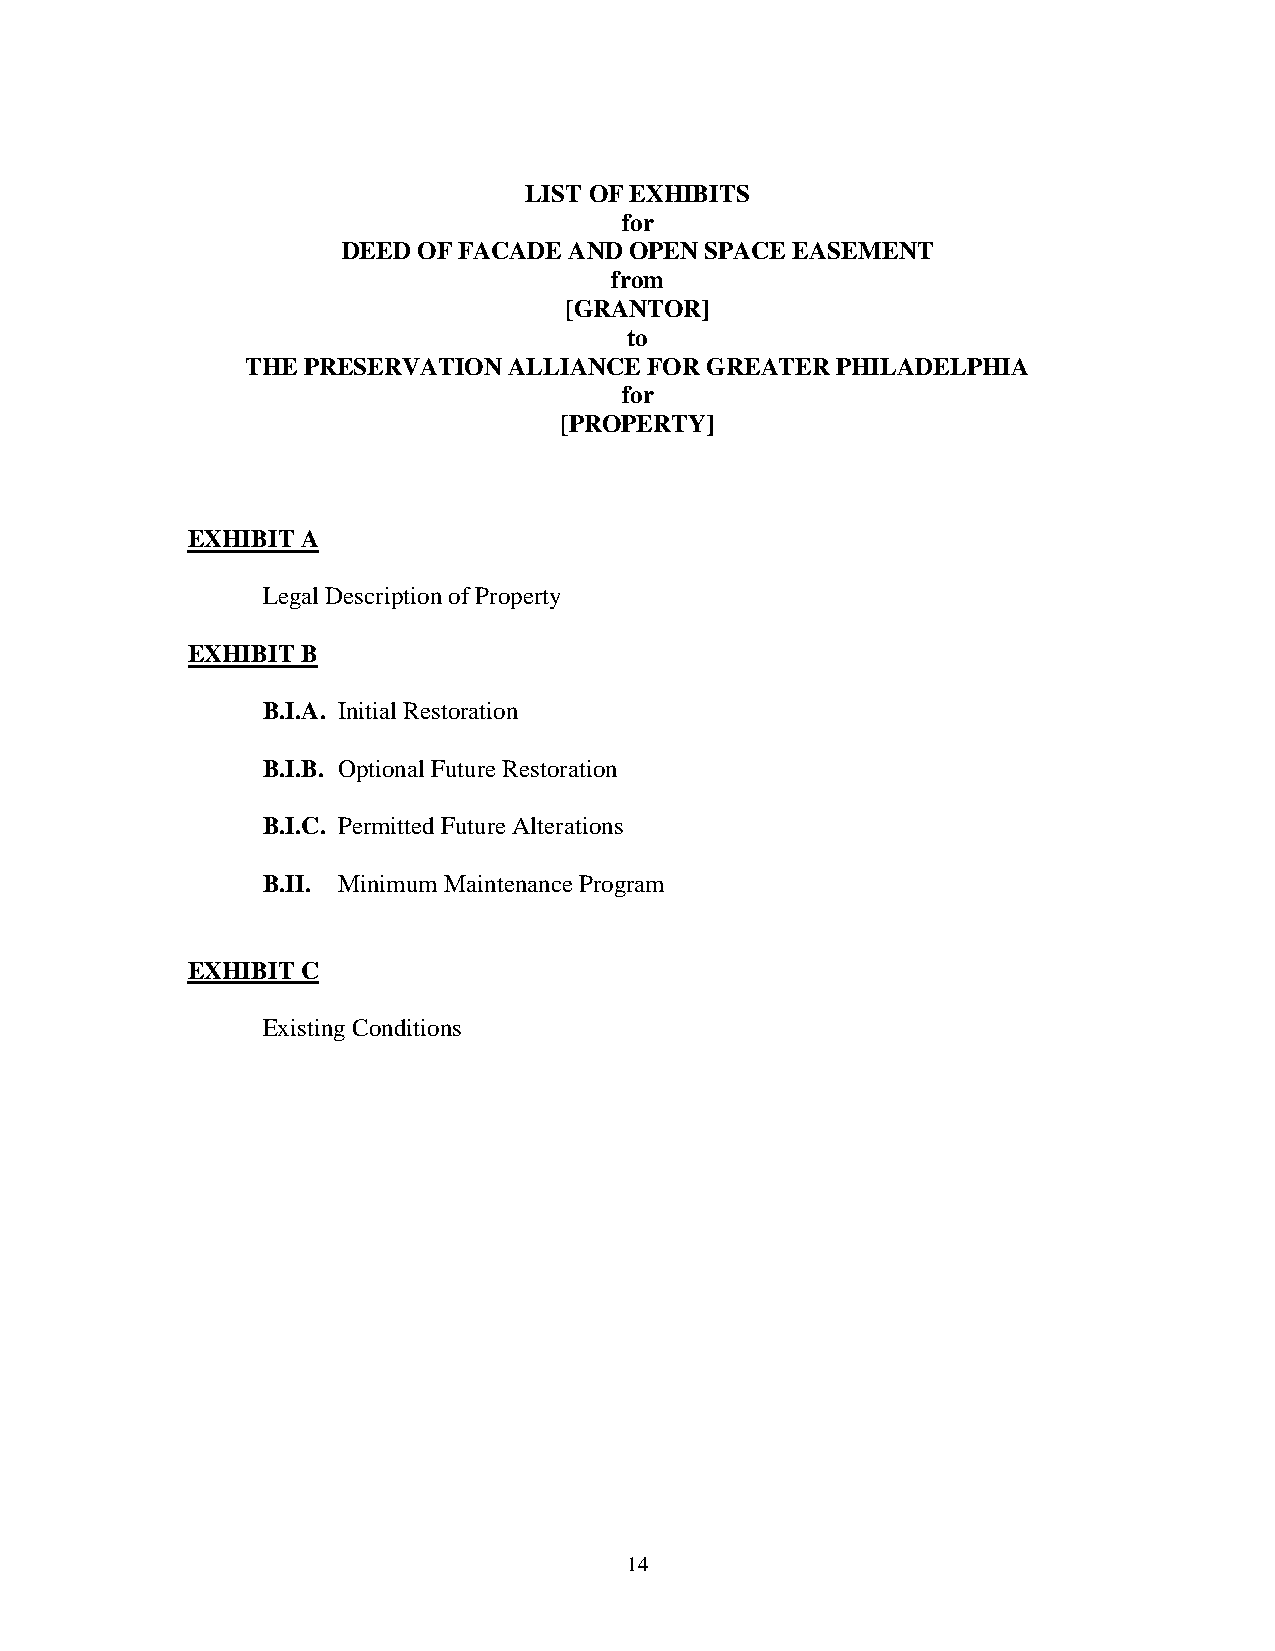
LIST OF EXHIBITS
 for
 DEED OF FACADE AND OPEN SPACE EASEMENT
 from
 [GRANTOR]
 to
 THE PRESERVATION  ALLIANCE FOR GREATER PHILADELPHIA
 for
 [PROPERTY]
 EXHIBIT A
 Legal Description of Property
 EXHIBIT B
 B.I.A. Initial Restoration
 B.I.B. Optional Future Restoration
 B.I.C. Permitted Future Alterations
 B.II. Minimum Maintenance Program
 EXHIBIT C
 Existing Conditions
 14